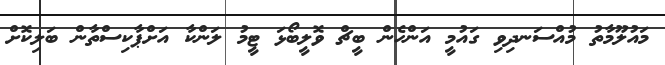
މައުލޫމާތު މުއްސަނދިވި ގައުމީ އަންހެން ބީޗް ވޮލީބޯޅަ ޓީމު ލަންކާ އަށްޕާކިސްތާން ބަލިކޮށް